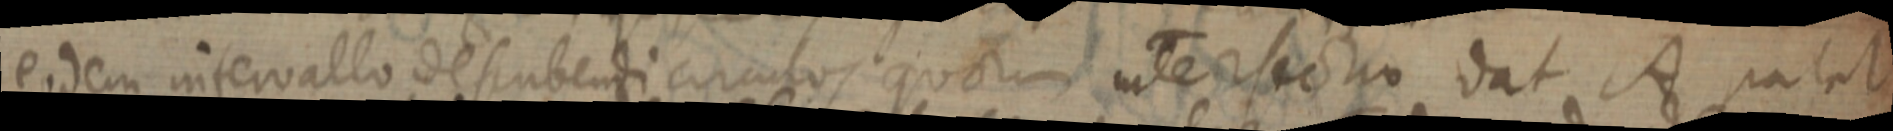
eodem intervallo descubendi circulos quorum intersectio dat A palat